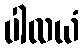
ပါလယံ